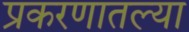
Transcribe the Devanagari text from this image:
प्रकरणातल्या